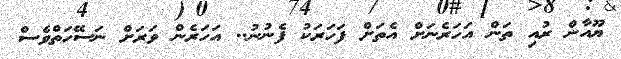
ޔޫއާން ރުއި ތަން އަހަރެނަށް އެތަށް ފަހަރަކު ފެނުނު.. އަހަރެން ވަރަށް ނަސޭހަތްވެސް